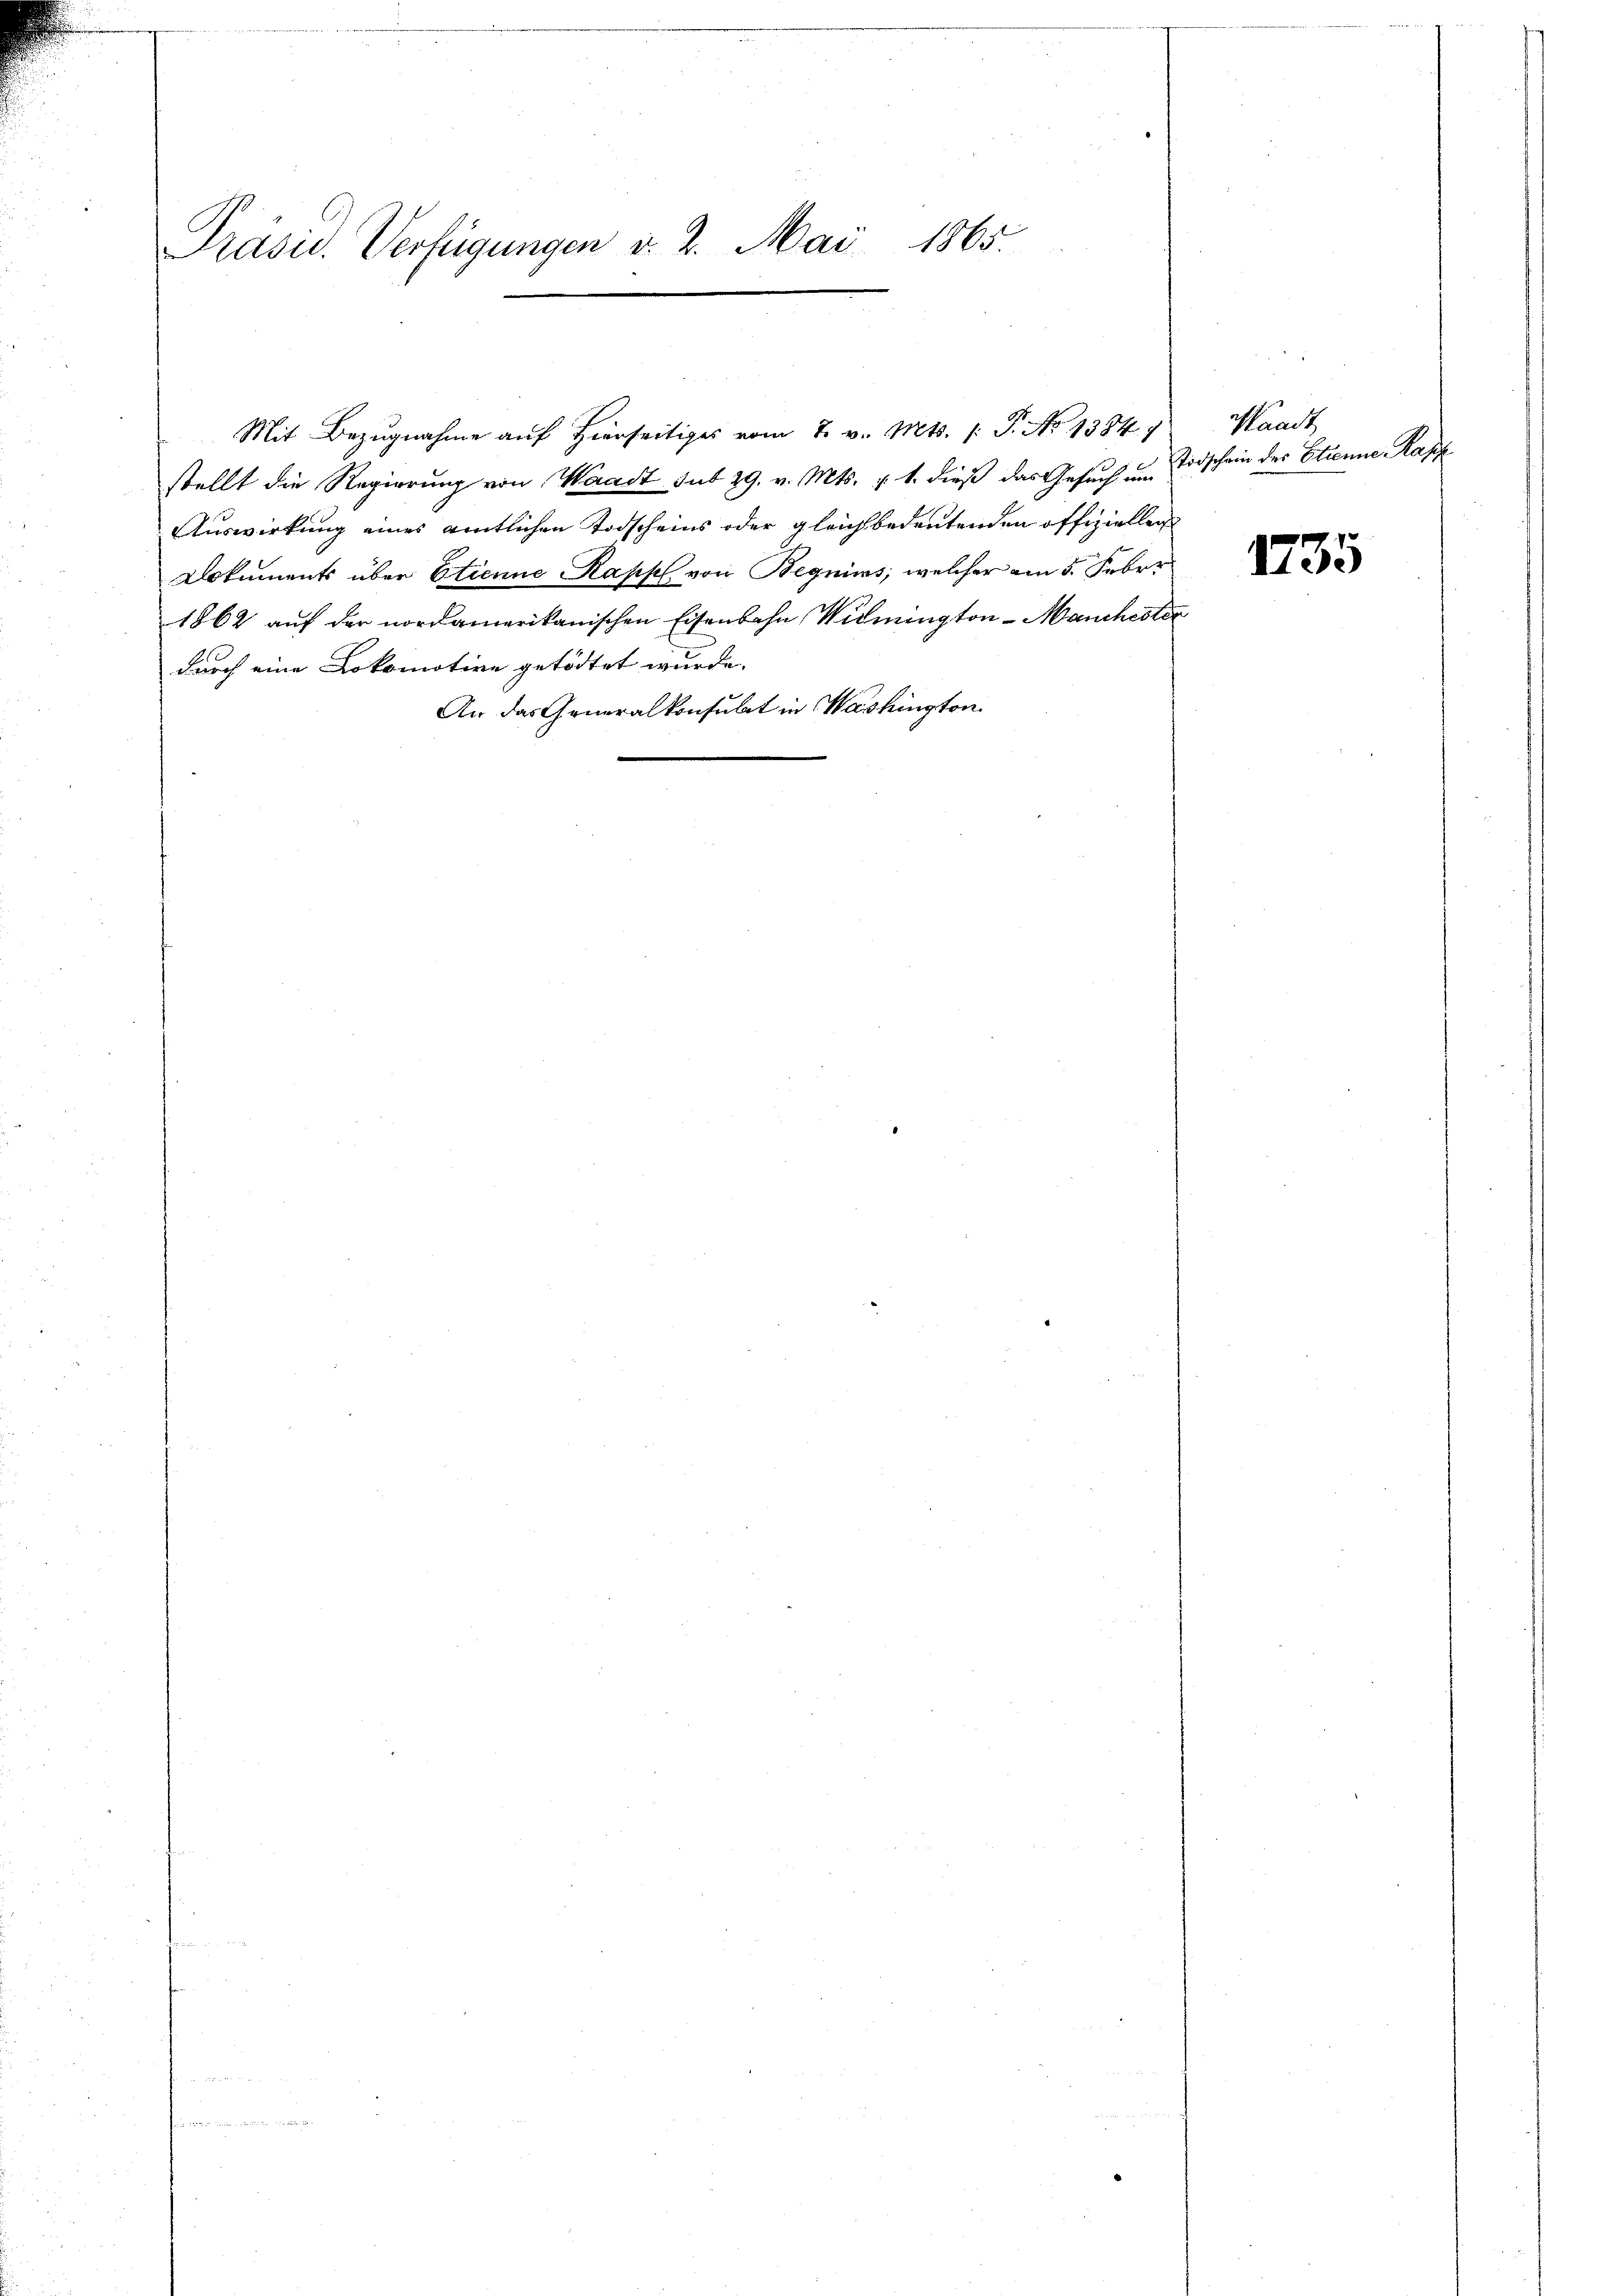
Präsid. Verfügungen v. 2. Mai 1865.
e

stellt die Regierung von Waadt sub 29. v. Mts. v. 1. dieß das Gesuch um Todschein des Etienne Kapp
Auswirkung eines amtlichen Todscheins oder gleichbedeutenden offiziellen
Dokuments über Etienne Kappl. von Begnims, welcher am 5. Feber
1862 auf der nordamerikanischen Eisenbahn Widmington - Manchistor
durch eine Lokomotive getödtet wurde.
An das Generalkonsulat in Washington

Mit Bezŭgnahme aŭf hierseitig vom 7. v. Mts. 1. P. No 1384, Waadt

1735